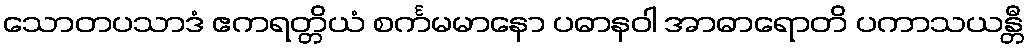
သောတပသာဒံ ဧကရတ္တိယံ စင်္ကမမာနော ပဓာနဝါ အာဓာရောတိ ပကာသယန္တီ